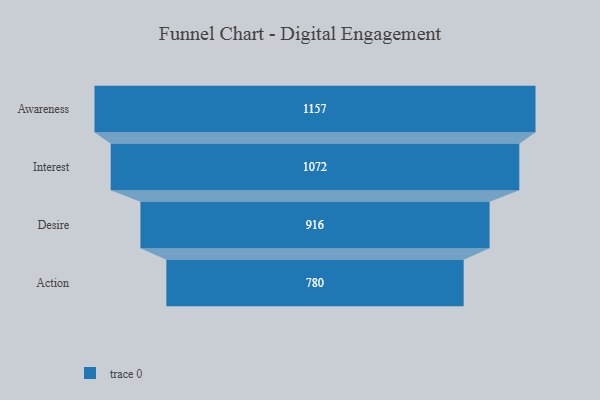
{"axis": {"x": "Stage", "y": "Value"}, "legend": [""], "data": [{"x": "Awareness", "y": 1157.0, "type": ""}, {"x": "Interest", "y": 1072.0, "type": ""}, {"x": "Desire", "y": 916.0, "type": ""}, {"x": "Action", "y": 780.0, "type": ""}]}